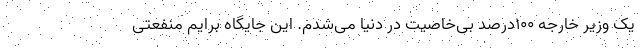
یک وزیر خارجه 100درصد بی‌خاصیت در دنیا می‌شدم. این جایگاه برایم منفعتی